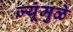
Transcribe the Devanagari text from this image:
ज्यूंमुळे